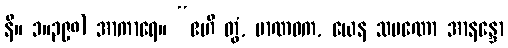
နိ။ ၁။၃၉၈) အာကာရေ။ “ဧဟိ တွံ, မာဏဝက, ယေန သမဏော အာနန္ဒော